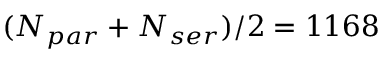
( N _ { p a r } + N _ { s e r } ) / 2 = 1 1 6 8